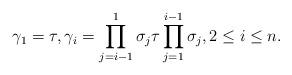
LaTeX: \begin{gather*} \gamma_1=\tau,\gamma_i=\prod_{j=i-1}^{1}\sigma_j \tau \prod_{j=1}^{i-1}\sigma_j,2 \le i \le n.\end{gather*}